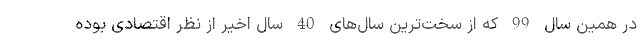
در همین سال 99 که از سخت‌ترین سال‌های 40 سال اخیر از نظر اقتصادی بوده